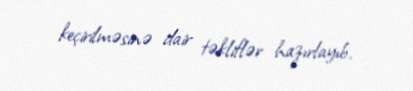
keçirilməsinə dair təkliflər hazırlayıb.